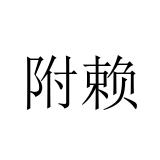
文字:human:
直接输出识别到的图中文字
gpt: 附赖